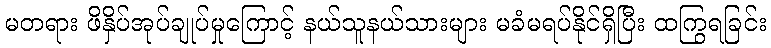
မတရား ဖိနှိပ်အုပ်ချုပ်မှုကြောင့် နယ်သူနယ်သားများ မခံမရပ်နိုင်ရှိပြီး ထကြွရခြင်း